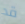
قد